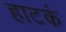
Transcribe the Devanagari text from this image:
हाटकं